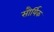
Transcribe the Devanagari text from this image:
सौर्यिक